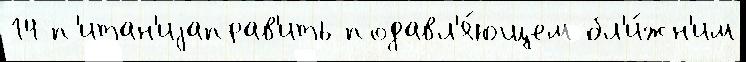
14 п'итан'иjаправ'ить подавл'я́ющем бл'и́жн'им